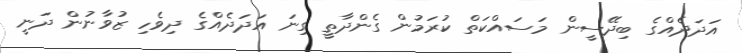
އަދަދެއްގެ ބިދޭސީން މަސައްކަތް ކުރަމުން ގެންދާތީ ގިނަ އަދަދެއްގެ ދިވެހި ޒުވާނުން ދަނީ